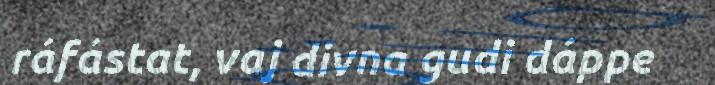
ráfástat, vaj divna gudi dáppe